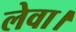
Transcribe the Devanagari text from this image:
लेवा।